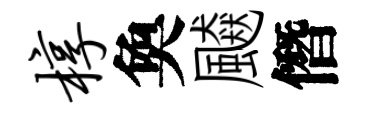
椁奐飇僭